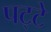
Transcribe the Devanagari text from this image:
पट्‍टे